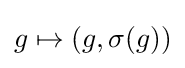
g\mapsto (g,\sigma (g))